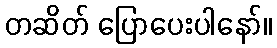
တဆိတ် ပြောပေးပါနော်။